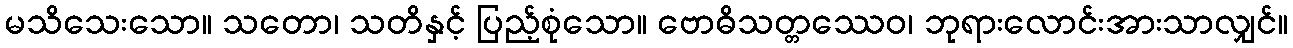
မသိသေးသော။ သတော၊ သတိနှင့် ပြည့်စုံသော။ ဗောဓိသတ္တဿေဝ၊ ဘုရားလောင်းအားသာလျှင်။